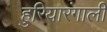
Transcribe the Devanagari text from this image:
हुरियारंगाली